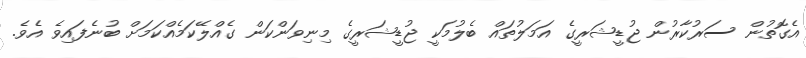
އެގޮތުން ސަރުކާރުން ޖުޑީޝަރީގެ އަމަލުތައް ބެލުމަކީ ޖުޑީޝަރީގެ މިނިވަންކަން ގެއްލޭކަމެއްކަމަށް ބުނެފައިވެ އެވެ.